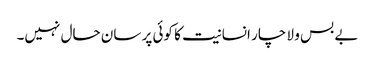
بے بس و لا چار انسانیت کا کوئی پر سان حال نہیں۔